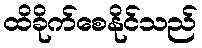
ထိခိုက်စေနိုင်သည်